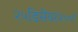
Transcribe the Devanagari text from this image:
२५डिसेंबर२००९